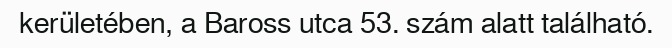
kerületében, a Baross utca 53. szám alatt található.